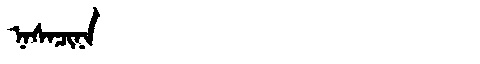
Manchu: ᠨᠠᠰᠠᠴᡳᠨᠠ
Romanization: NASACINA